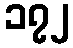
၁၇၂